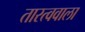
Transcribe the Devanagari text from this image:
तारत्ववाला